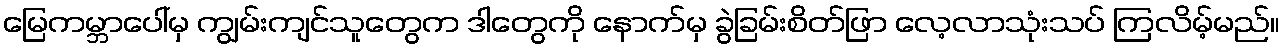
မြေကမ္ဘာပေါ်မှ ကျွမ်းကျင်သူတွေက ဒါတွေကို နောက်မှ ခွဲခြမ်းစိတ်ဖြာ လေ့လာသုံးသပ် ကြလိမ့်မည်။